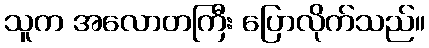
သူက အလောတကြီး ပြောလိုက်သည်။